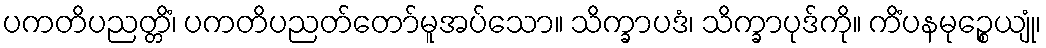
ပကတိပညတ္တိံ၊ ပကတိပညတ်တော်မူအပ်သော။ သိက္ခာပဒံ၊ သိက္ခာပုဒ်ကို။ ကိံပနမုဉ္စေယျုံ၊